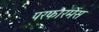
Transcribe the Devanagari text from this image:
परफौरमेंस